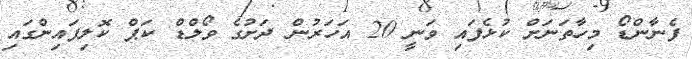
ފެނާންޑޯ މިހާތަނަށް ކުޅެފައި ވަނީ 20 އަހަރުން ދަށުގެ ވޯލްޑް ކަޕް ކޮލިފައިންގައި